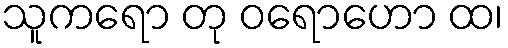
သူကရော တု ဝရောဟော ထ၊